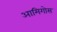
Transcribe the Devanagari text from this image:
आमिगोस